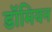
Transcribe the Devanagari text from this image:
डॉमियन